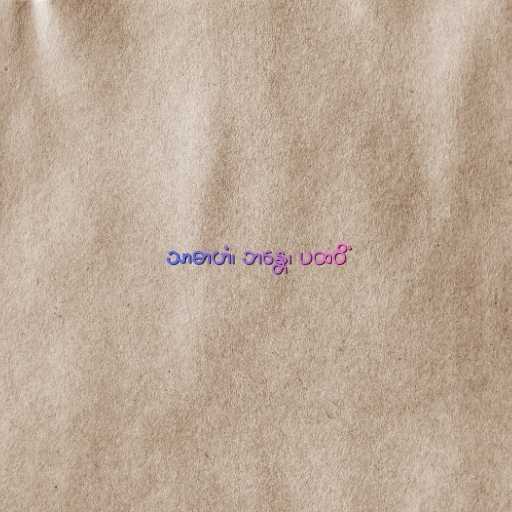
သာဓာဟံ၊ ဘန္တေ၊ ပထဝိံ